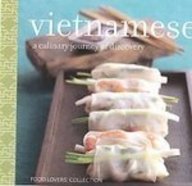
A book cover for Food Lovers Vietnamese: A Culinary Journey of Discovery; Corinne Trang; Cookbooks, Food & Wine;